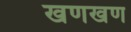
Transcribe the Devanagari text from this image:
खणखण